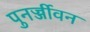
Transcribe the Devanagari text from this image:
पुनर्ज्जीवन